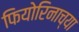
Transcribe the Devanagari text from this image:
फियोरिनाच्या